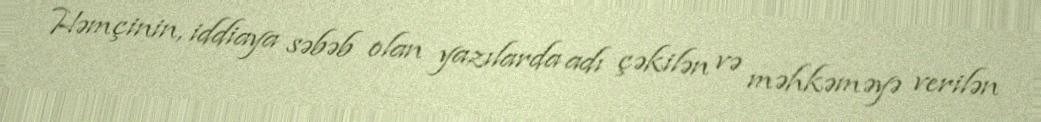
Həmçinin, iddiaya səbəb olan yazılarda adı çəkilən və məhkəməyə verilən